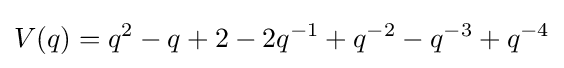
V(q)=q^{2}-q+2-2q^{-1}+q^{-2}-q^{-3}+q^{-4}